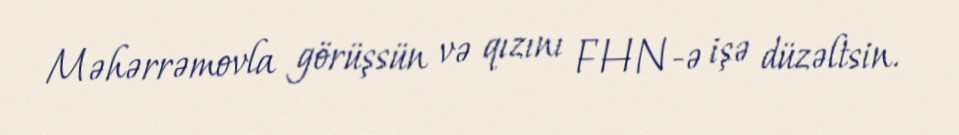
Məhərrəmovla görüşsün və qızını FHN-ə işə düzəltsin.